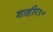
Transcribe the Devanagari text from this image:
शाहीर१०